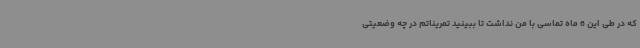
که در طی این 6 ماه تماسی با من نداشت تا ببینید تمریناتم در چه وضعیتی